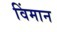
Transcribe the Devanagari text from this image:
विंमान